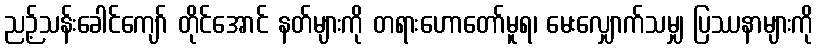
ညဉ့်သန်းခေါင်ကျော် တိုင်အောင် နတ်များကို တရားဟောတော်မူရ၊ မေးလျှောက်သမျှ ပြဿနာများကို